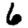
Digit: 6